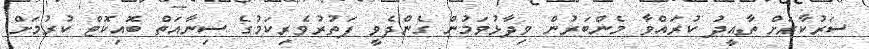
ސަރުކާރަށް ތާއީދު ކުރައްވާ މެންބަރުން ވިދާޅުވަމުން ގެންދެވީ ފަތުރުވެރިކަމުގެ ސިނާއަތް ބޮއިކޮޓް ކުރުމަށް